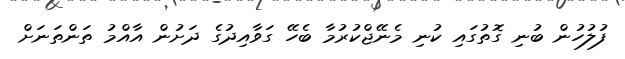
ފުލުހުން ބުނި ގޮތުގައި ކުނި މެނޭޖްކުރުމާ ބެހޭ ގަވާއިދުގެ ދަށުން އާއްމު ތަންތަނަށް